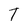
Character: T